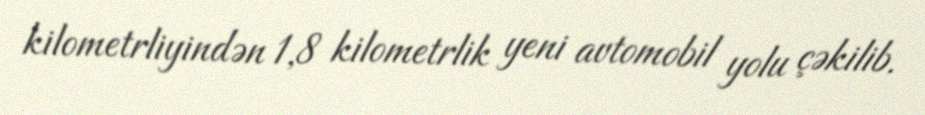
kilometrliyindən 1,8 kilometrlik yeni avtomobil yolu çəkilib.